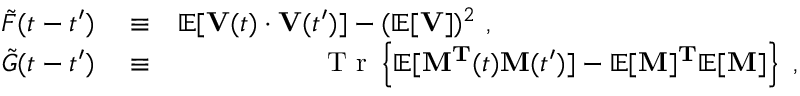
\begin{array} { r l r } { \tilde { F } ( t - t ^ { \prime } ) } & { { } \equiv } & { \mathbb { E } [ { \bf { V } } ( t ) \cdot { \bf { V } } ( t ^ { \prime } ) ] - ( \mathbb { E } [ { \bf { V } } ] ) ^ { 2 } \ , \ { \mathrm { ~ ~ ~ ~ ~ ~ ~ ~ ~ ~ ~ ~ ~ ~ ~ ~ ~ ~ ~ ~ ~ ~ ~ ~ ~ ~ ~ ~ ~ ~ ~ ~ ~ } } } \\ { \tilde { G } ( t - t ^ { \prime } ) } & { { } \equiv } & { { \mathrm { ~ T ~ r ~ } } \left\{ \mathbb { E } [ { \bf { M } ^ { T } } ( t ) { \bf { M } } ( t ^ { \prime } ) ] - \mathbb { E } [ { \bf { M } } ] { \bf { ^ T } } \mathbb { E } [ { \bf { M } } ] \right\} \ , \ } \end{array}